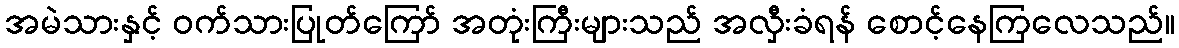
အမဲသားနှင့် ဝက်သားပြုတ်ကြော် အတုံးကြီးများသည် အလှီးခံရန် စောင့်နေကြလေသည်။